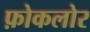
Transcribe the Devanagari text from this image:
फ़ोकलोर